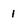
Character: 1